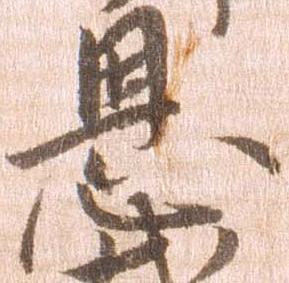
恩